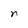
Character: n